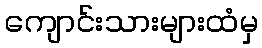
ကျောင်းသားများထံမှ